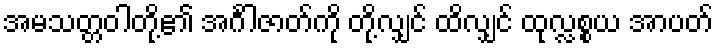
အမသတ္တဝါတို့၏ အင်္ဂါဇာတ်ကို တို့လျှင် ထိလျှင် ထုလ္လစ္စယ အာပတ်